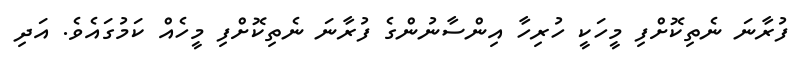
ފުރާނަ ނެތިކޮށްފި މީހަކީ ހުރިހާ އިންސާނުންގެ ފުރާނަ ނެތިކޮށްފި މީހެއް ކަމުގައެވެ. އަދި